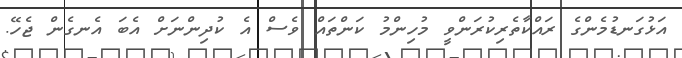
އަޅުގަނޑުމެންގެ ރައްކާތެރިކުރަންވީ މުހިންމު ކަންތައް ވެސް އެ ކުދިންނަށް އެބަ އެނގެން ޖެހޭ.